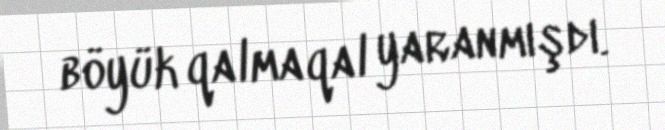
böyük qalmaqal yaranmışdı.